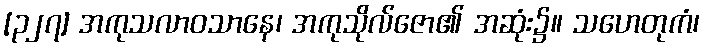
[၃၂၇] အကုသလာဝသာနေ၊ အကုသိုလ်ဇော၏ အဆုံး၌။ သဟေတုကံ၊